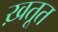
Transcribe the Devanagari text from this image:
ख़तूत